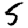
Digit: 5